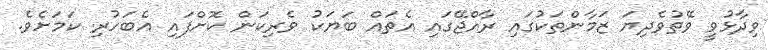
ވިދާޅުވީ ވޭތުވެދިޔަ ޒަމާންތަކުގައި ރާއްޖޭގައި އެތައް ބަޔަކު ވެރިކަން ކޮށްފައި އެބަހުރި ކަމަށެވެ.